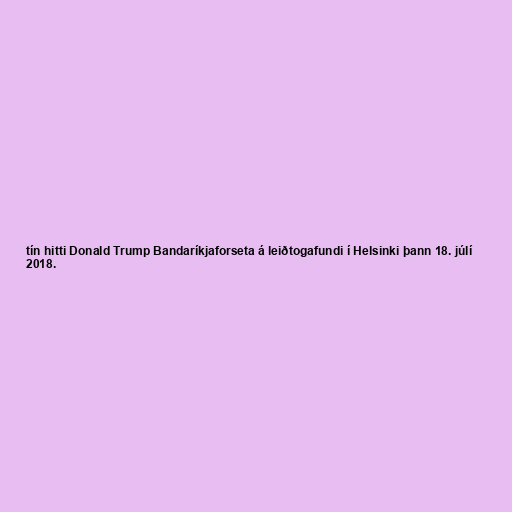
tín hitti Donald Trump Bandaríkjaforseta á leiðtogafundi í Helsinki þann 18. júlí
2018.